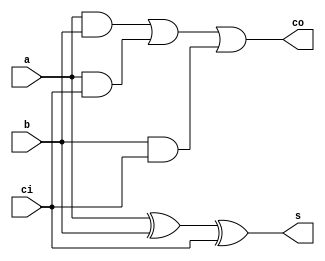
`timescale 1ns/1ns

module full_adder (input a, b, ci, output co, s);
    assign #4 co = a & b | a & ci | b & ci;
    assign #3 s  = a ^ b ^ ci;
endmodule